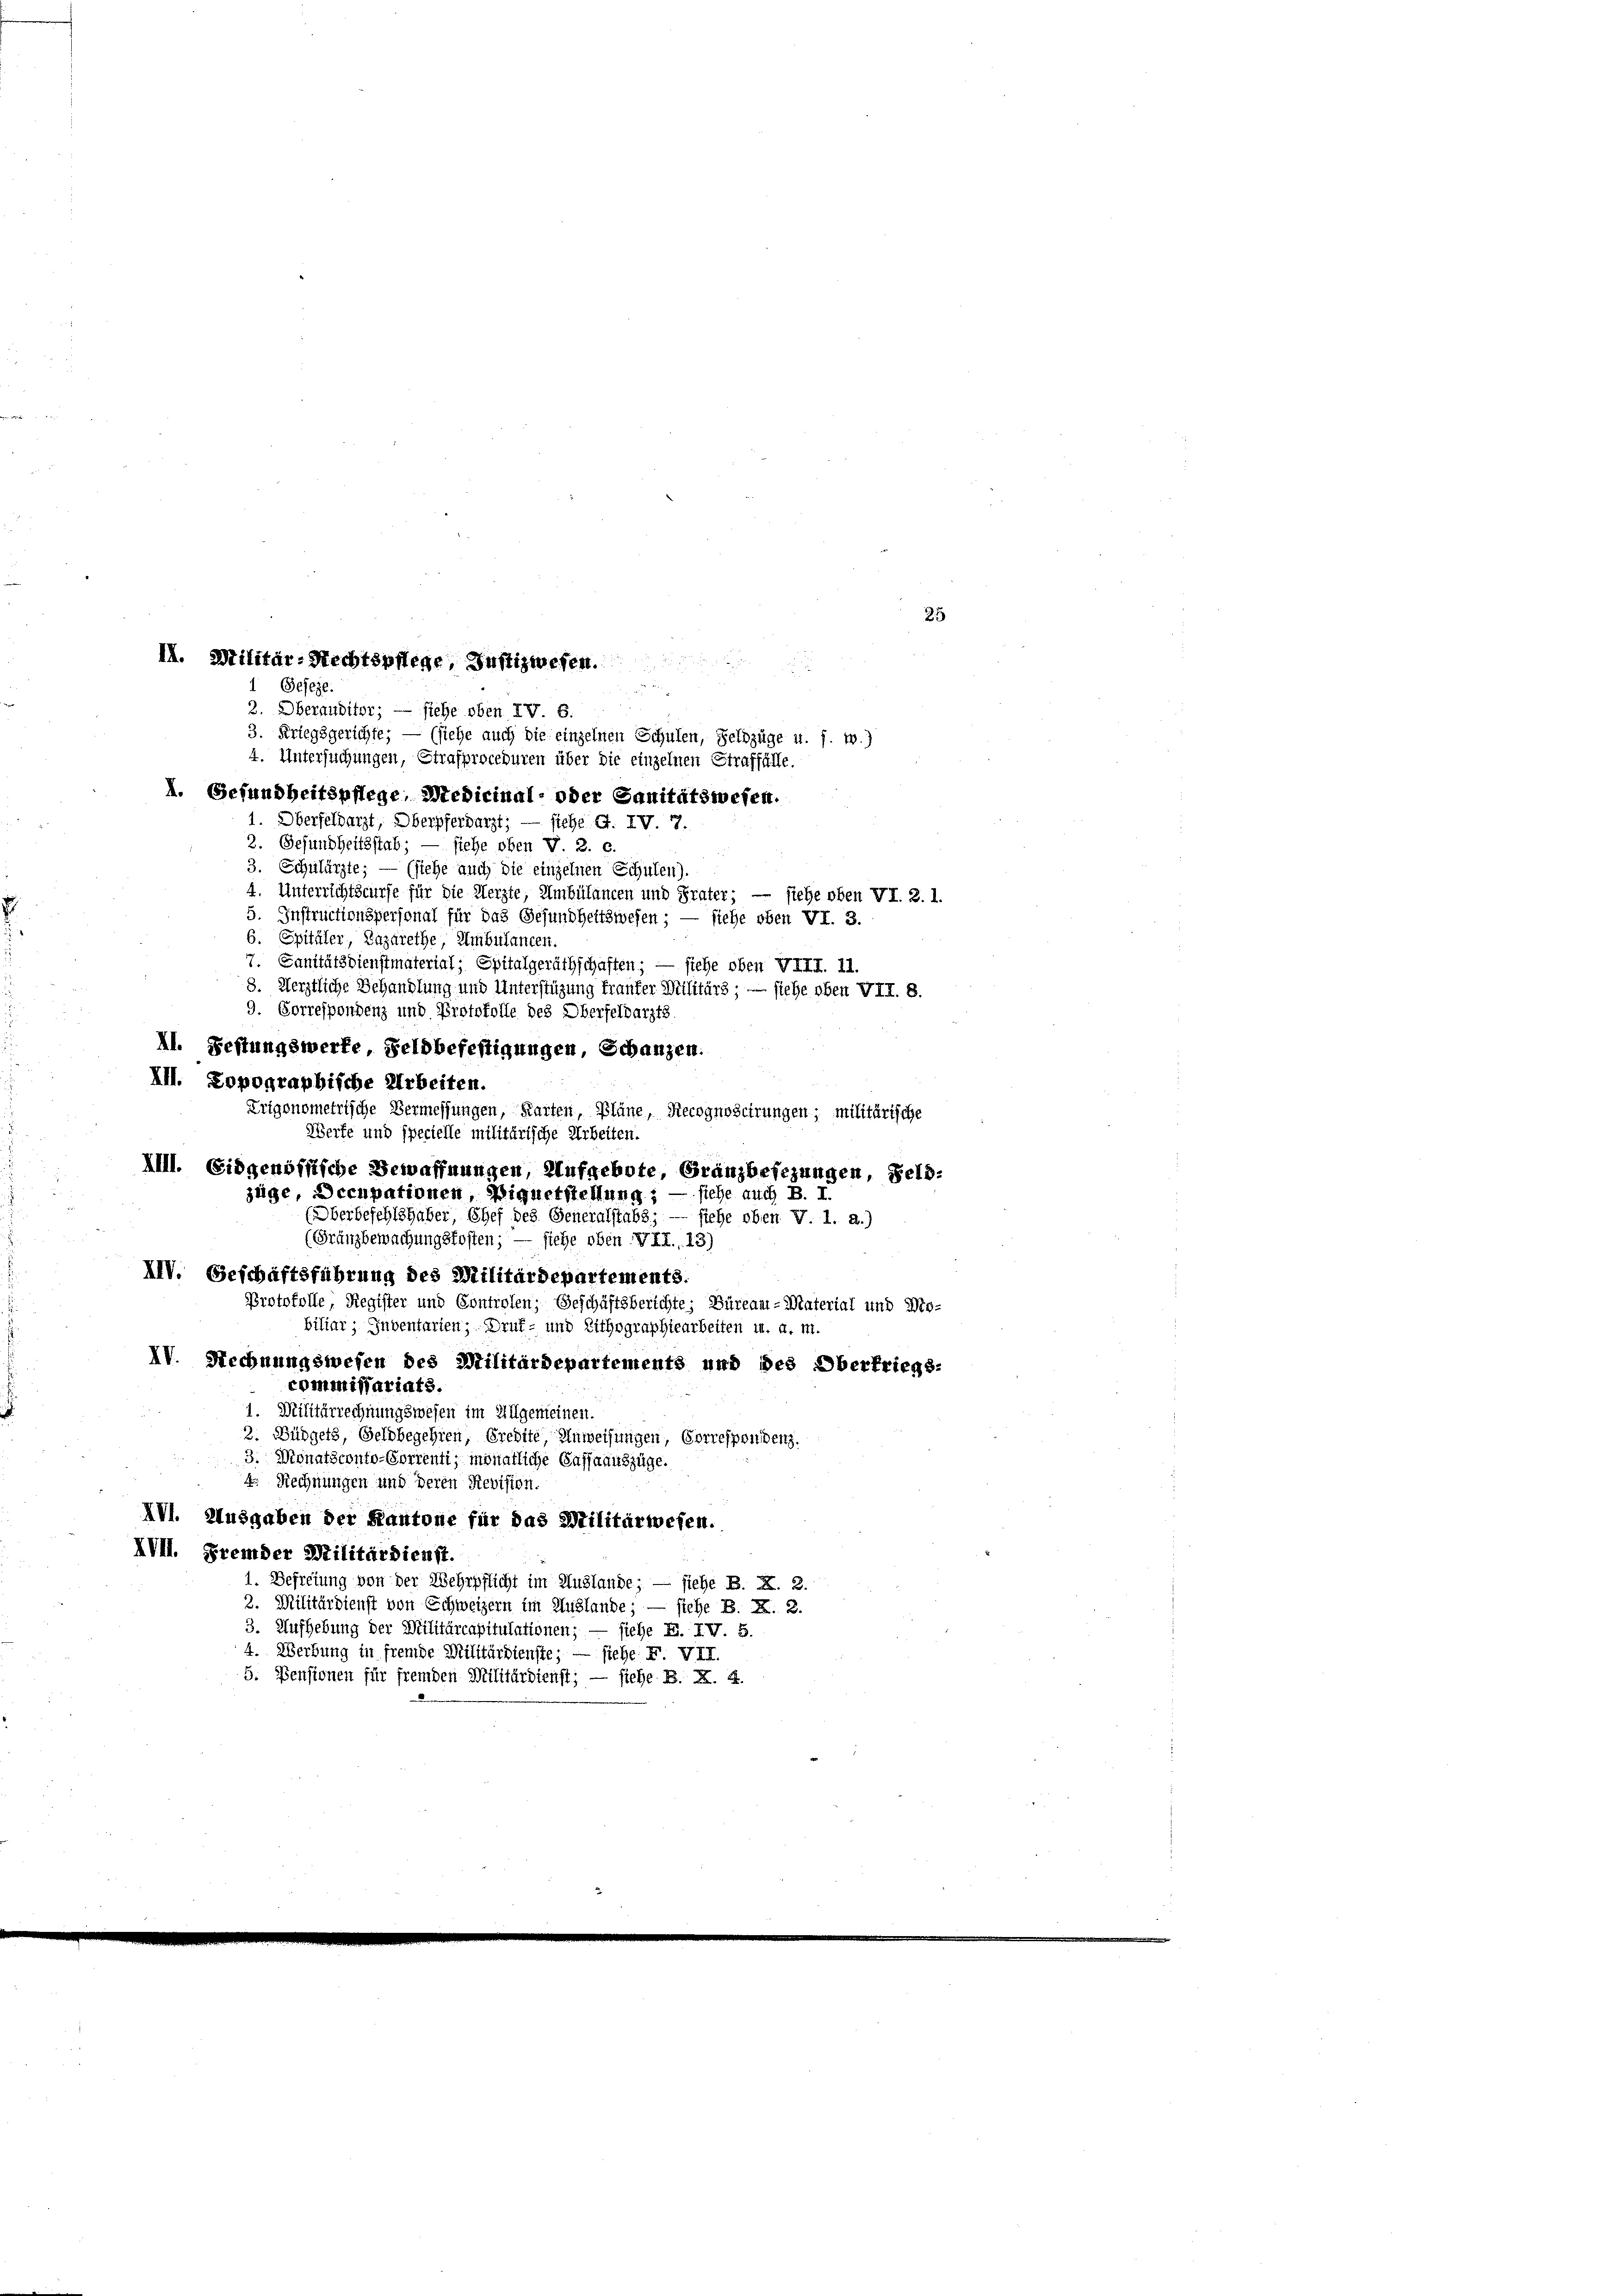
2. Oberauditor; — siehe oben IV. B.
3. Kriegsgerichte; — (siehe auch die einzelnen Schulen, Feldzüge u. s. w.)
4. Untersuchungen, Strafproceduren über die einzelnen Straffälle.
I. Gesundheitspflege, Medicinal- oder Sanitätswesen.
1. Oberfeldarzt, Oberpferdarzt;
siehe G. IV. 7.
2. Gesundheitsstab; — siehe oben V. 2. c.
3. Schulärzte; — (siehe auch die einzelnen Schulen).
4. Unterrichtscurse für die Herzte, Umbülancen und Frater; — siehe oben VI. 2. 1.
5. Instructionspersonal für das Gesundheitswesen; — siehe oben VI. 3.
6. Spitäler, Bazarethe, Umbulanten.
7. Sanitätsdienstmaterial, Spitalgeräthschaften; — siehe oben VIII. 11.
8. Herztliche Behandlung und Unterstüzung franker Militärs; — siehe oben VII. 8.
9. Forrespondenz und Protokolle des Oberfeldarzts
Al. Festungswerke, Feldbefestigungen, Schanzen.
III. Topographische Arbeiten.
Zrigonometrische Vermessungen, Karten, Pläne, Recognoscirungen; militärische
Werfe und specielle militärische Arbeiten.
XIII. Eidgenössische Bewaffnungen, Aufgebote, Granzbesezungen, Feldsiehe auch B. I.
(Oberbefehlshaber, Chef des Generalstabs; — siehe oben V. 1. a.)
(Gränzbewachungskosten; — siehe oben VII., 13)
XIV. Geschäftsführung des Militärdepartements.
Protokolle, Register und Controlen, Geschäftsberichte: Büreant-Material und Mo-
biliar; Inventarien; Druf- und Lithographiearbeiten u. a. m.
IV. Rechnungswesen des Militärdepartements und des Oberkriegs-
commissariats.
1. Militärrechnungswesen im Allgemeinen.
2. Bürgers, Geldbegehren, Predite, Anweisungen, Correspondenz.
3. Monatsconto-Sorrenti, monatliche Gasfaauszüge.
4. Rechnungen und deren Revision.
XVI. Ausgaben der Kantone für das Militärwesen.
IVII. Fremder Militärdienst.
1. Befreiung von der Wehrpflicht im Auslande; — siehe B. X. 2.
2. Militärdienst von Schweizern im Auslande; — siehe B. X. 2.
3. Aufhebung der Militärcapitulationen; — siehe E. IV. 5.
4. Werbung in fremde Militärdienste; — siehe F. VII
5. Pensionen für fremden Militärdienst; — siehe B. X. 4.

II. Militär-Rechtspflege, Justizwesen.
5
1 Geseze

züge, Decupationen, Piquetstellung ; —

25